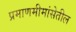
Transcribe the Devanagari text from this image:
प्रमाणमीमांसेतील